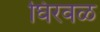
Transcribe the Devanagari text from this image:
घिरवळ